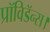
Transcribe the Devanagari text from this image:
प्रॉविडॅन्स।